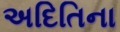
અદિતિના